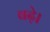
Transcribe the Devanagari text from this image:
बढे़।